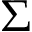
\Sigma